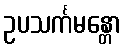
ဥပသင်္ကမန္တော